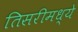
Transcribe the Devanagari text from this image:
तिसरीमध्ये